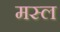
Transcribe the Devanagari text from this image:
मस्ल